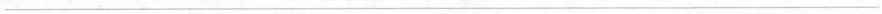
___